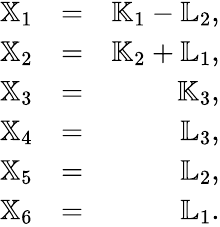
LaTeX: \begin{array}{rlr}{{\mathbb X}_{1}}&{=}&{{\mathbb K}_{1}-{\mathbb L}_{2},}\\ {{\mathbb X}_{2}}&{=}&{{\mathbb K}_{2}+{\mathbb L}_{1},}\\ {{\mathbb X}_{3}}&{=}&{{\mathbb K}_{3},}\\ {{\mathbb X}_{4}}&{=}&{{\mathbb L}_{3},}\\ {{\mathbb X}_{5}}&{=}&{{\mathbb L}_{2},}\\ {{\mathbb X}_{6}}&{=}&{{\mathbb L}_{1}.}\end{array}